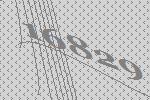
16829